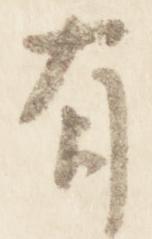
有